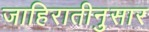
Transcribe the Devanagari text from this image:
जाहिरातीनुसार